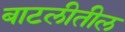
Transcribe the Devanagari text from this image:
बाटलीतील